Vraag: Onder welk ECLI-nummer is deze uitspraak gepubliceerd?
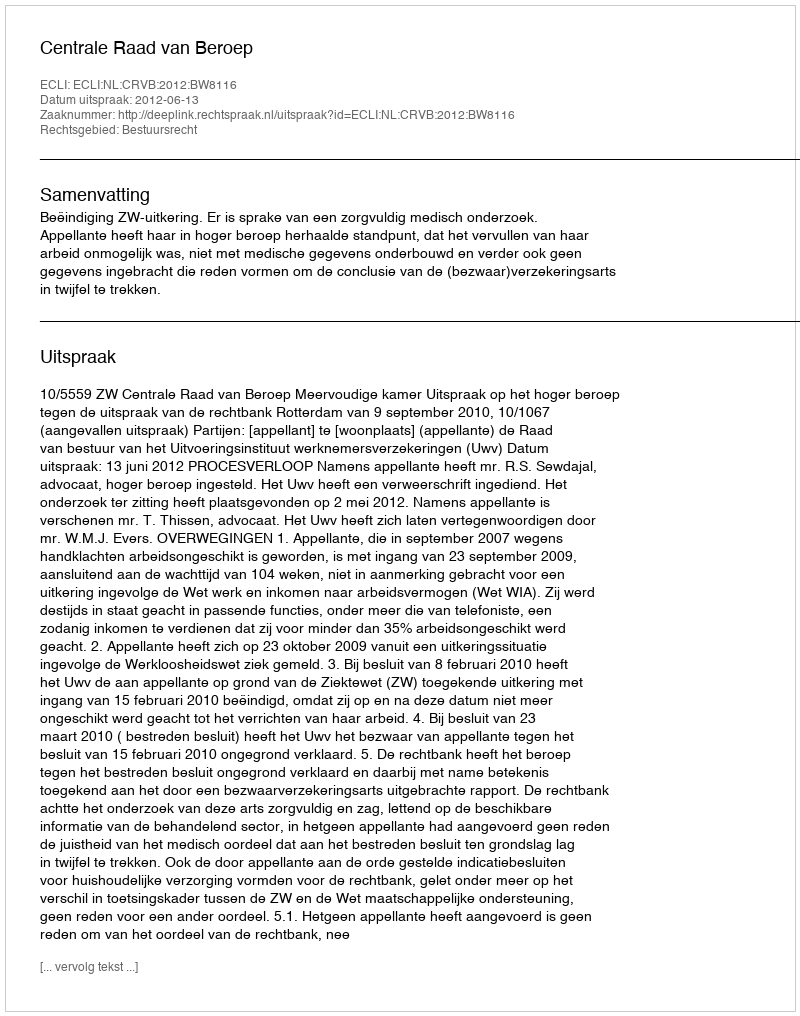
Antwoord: ECLI:NL:CRVB:2012:BW8116